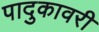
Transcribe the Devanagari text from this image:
पादुकावरी